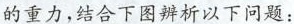
的重力，结合下图辨析以下问题：